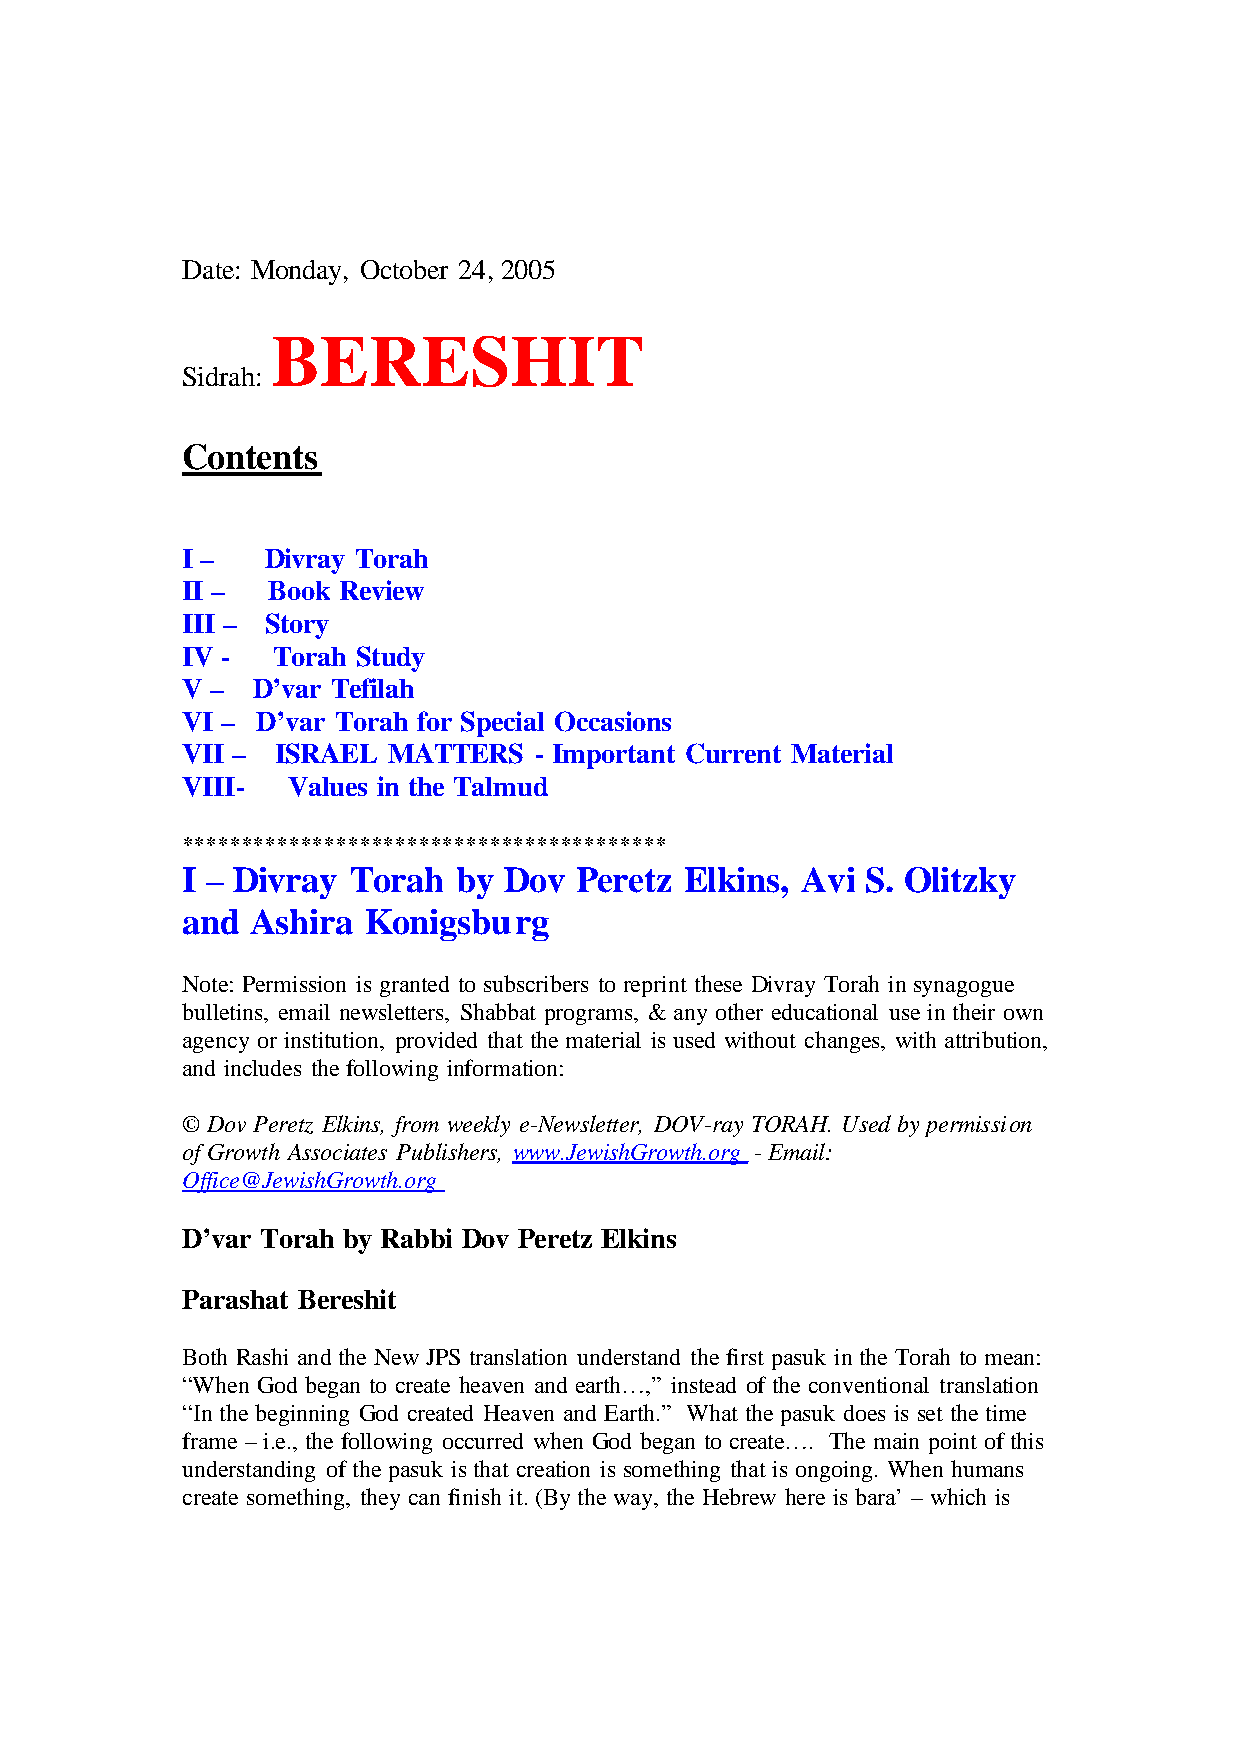
Date: Monday, October 24, 2005
 BERESHIT
 Sidrah:
 Contents
 I –   Divray Torah
 II –  Book Review
 III – Story
 IV -  Torah Study
 V –  D’var Tefilah
 VI – D’var Torah for Special Occasions
 VII – ISRAEL  MATTERS  - Important Current Material
 VIII-  Values in the Talmud
 *****************************************
 I – Divray Torah  by Dov  Peretz Elkins, Avi S. Olitzky
 and  Ashira Konigsburg
 Note: Permission is granted to subscribers to reprint these Divray Torah in synagogue
 bulletins, email newsletters, Shabbat programs, & any other educational use in their own
 agency or institution, provided that the material is used without changes, with attribution,
 and includes the following information:
 © Dov Peretz Elkins, from weekly e-Newsletter, DOV-ray TORAH. Used by permission
 of Growth Associates Publishers, www.JewishGrowth.org - Email:
 Office@JewishGrowth.org
 D’var Torah by Rabbi Dov Peretz Elkins
 Parashat Bereshit
 Both Rashi and the New JPS translation understand the first pasuk in the Torah to mean:
 “When God began to create heaven and earth…,” instead of the conventional translation
 “In the beginning God created Heaven and Earth.” What the pasuk does is set the time
 frame – i.e., the following occurred when God began to create…. The main point of this
 understanding of the pasuk is that creation is something that is ongoing. When humans
 create something, they can finish it. (By the way, the Hebrew here is bara’ – which is